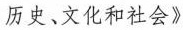
历史、文化和社会》